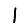
Digit: 1